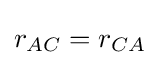
r_{AC}=r_{CA}